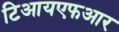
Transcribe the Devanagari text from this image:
टिआयएफआर